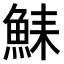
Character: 𫙛